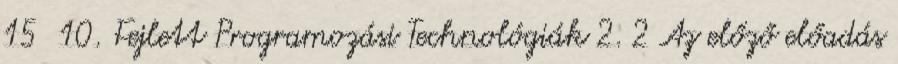
15 10. Fejlett Programozási Technológiák 2. 2 Az előző előadás